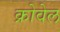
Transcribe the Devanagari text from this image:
क्रोवेल